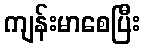
ကျန်းမာစေပြီး